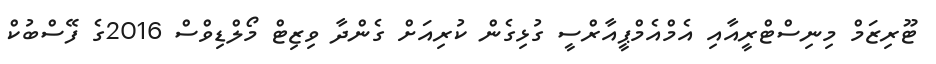
ޓޫރިޒަމް މިނިސްޓްރީއާއި އެމްއެމްޕީއާރްސީ ގުޅިގެން ކުރިއަށް ގެންދާ ވިޒިޓް މޯލްޑިވްސް 2016ގެ ފޭސްބުކް